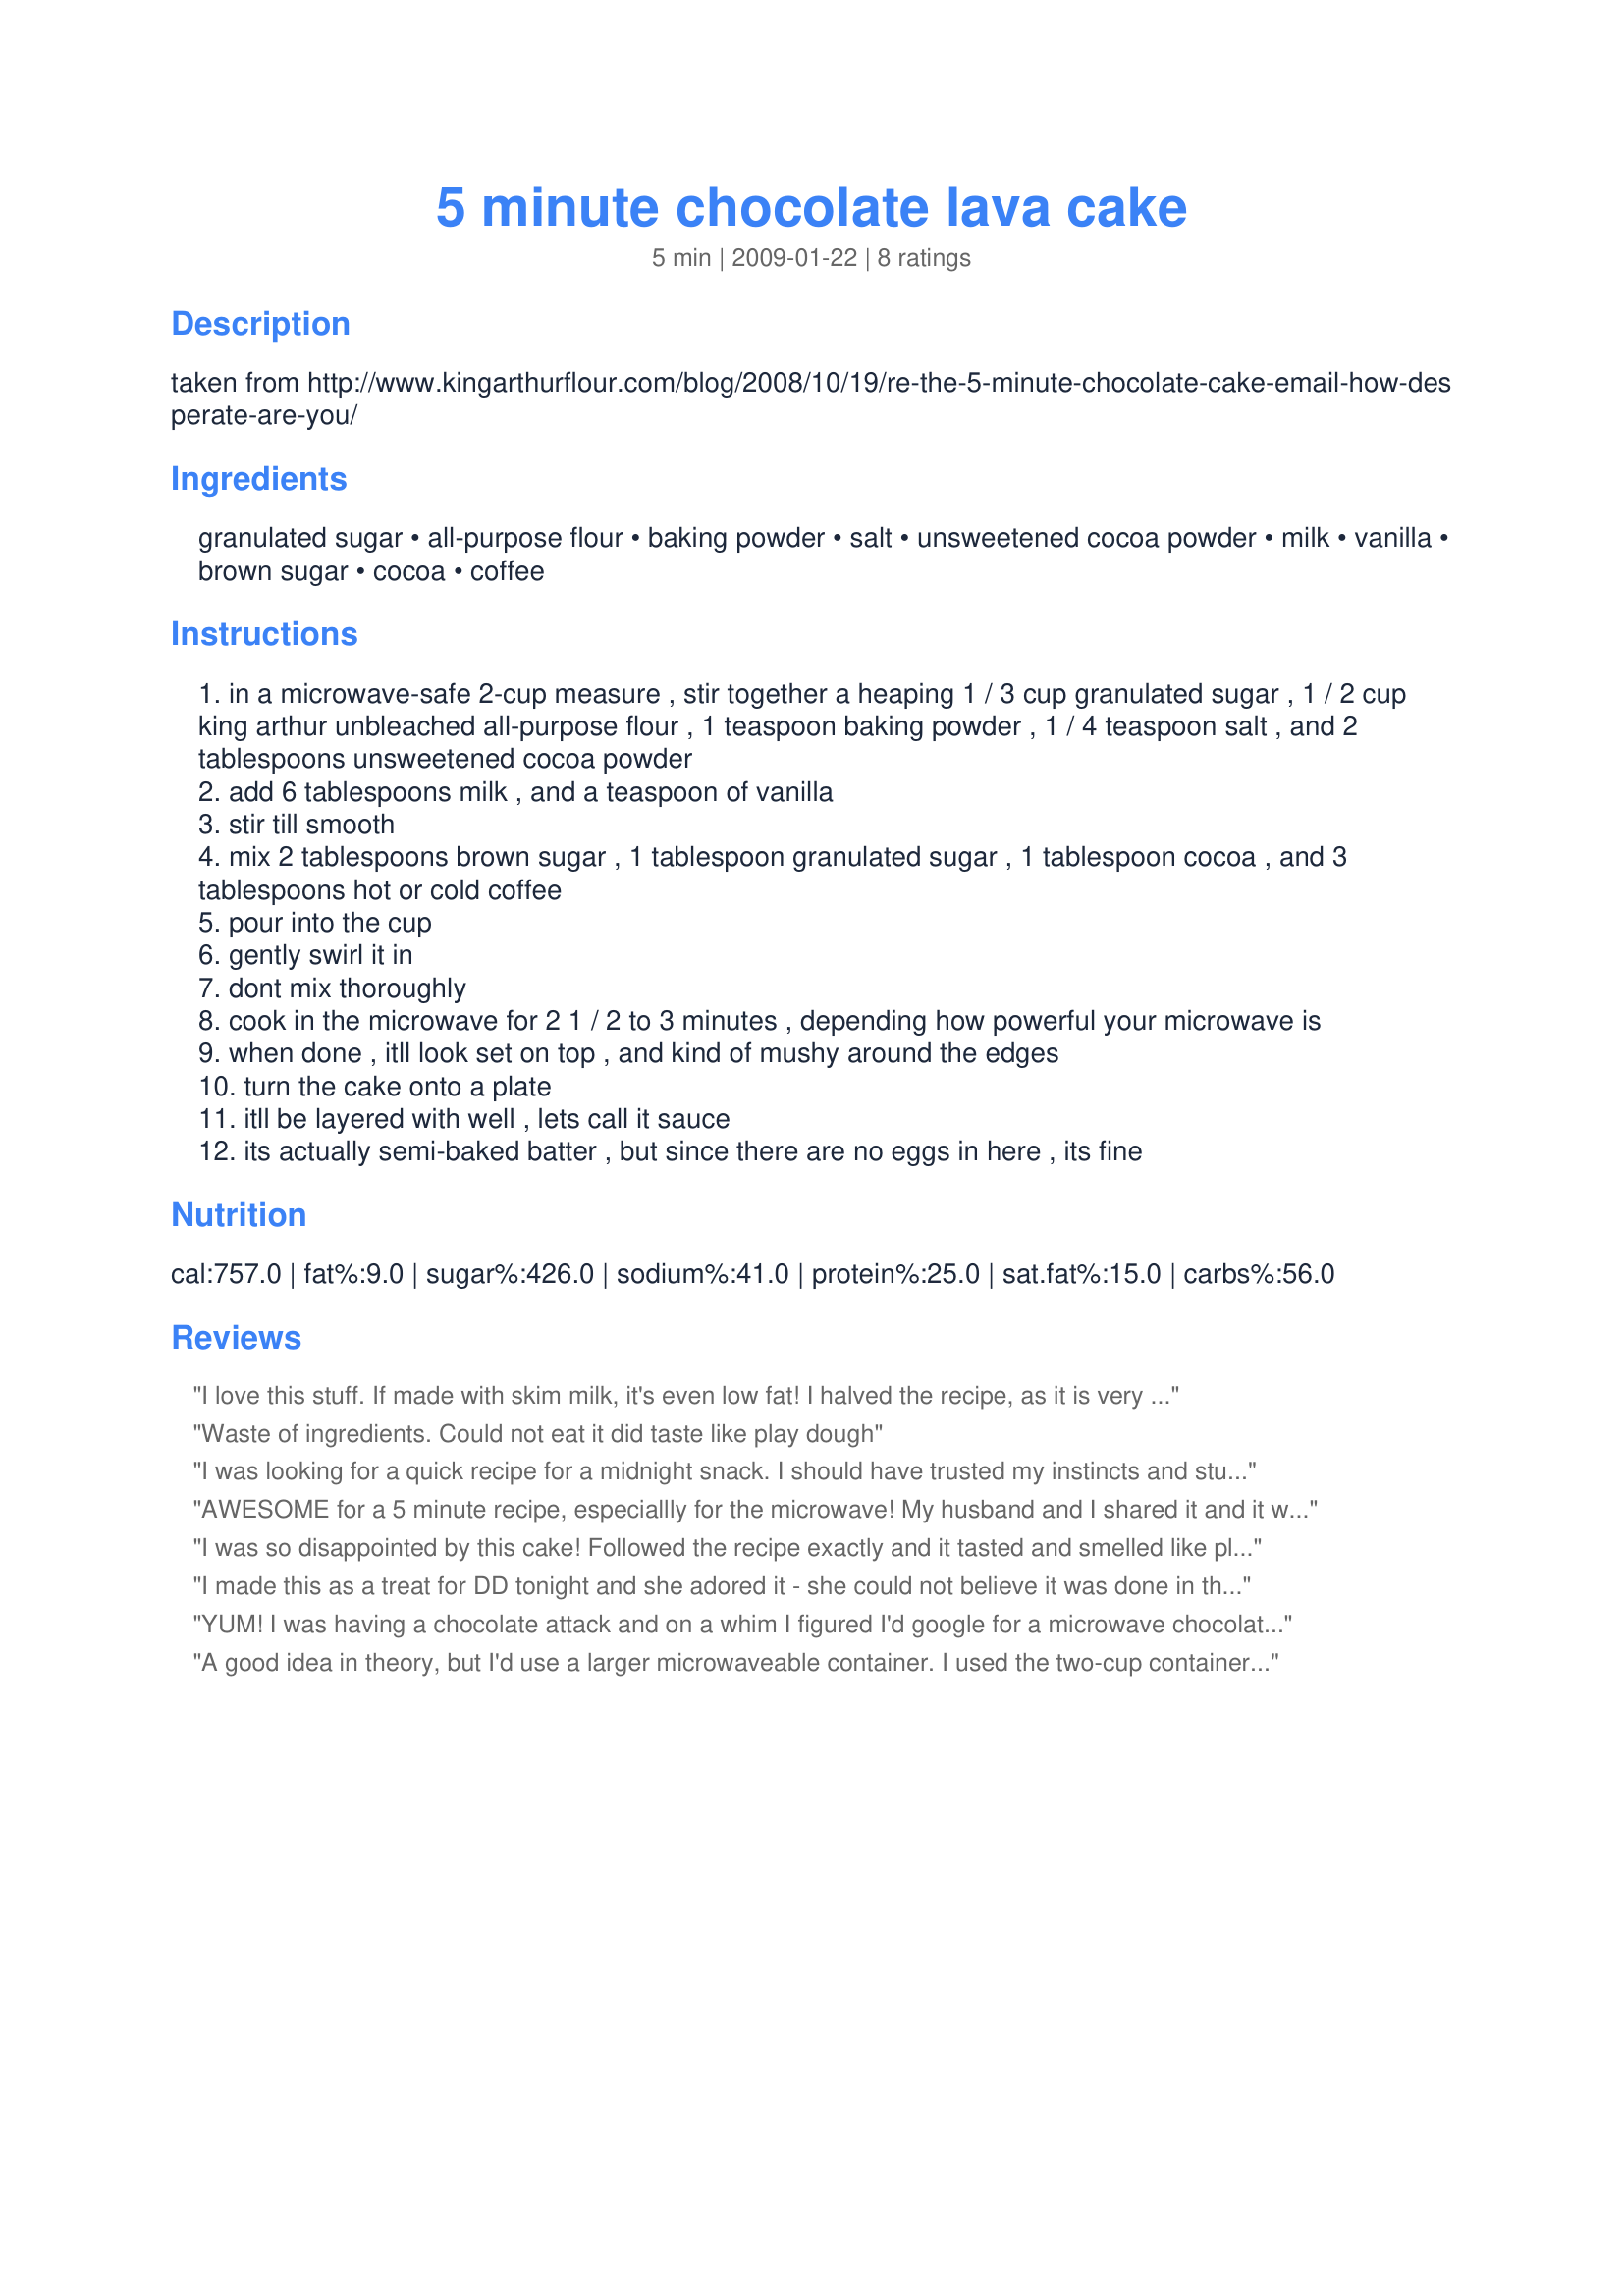
5 minute chocolate lava cake
Preparation time: 5 minutes

taken from http://www.kingarthurflour.com/blog/2008/10/19/re-the-5-minute-chocolate-cake-email-how-desperate-are-you/

Ingredients:
granulated sugar, all-purpose flour, baking powder, salt, unsweetened cocoa powder, milk, vanilla, brown sugar, cocoa, coffee

Steps:
in a microwave-safe 2-cup measure , stir together a heaping 1 / 3 cup granulated sugar , 1 / 2 cup king arthur unbleached all-purpose flour , 1 teaspoon baking powder , 1 / 4 teaspoon salt , and 2 tablespoons unsweetened cocoa powder
add 6 tablespoons milk , and a teaspoon of vanilla
stir till smooth
mix 2 tablespoons brown sugar , 1 tablespoon granulated sugar , 1 tablespoon cocoa , and 3 tablespoons hot or cold coffee
pour into the cup
gently swirl it in
dont mix thoroughly
cook in the microwave for 2 1 / 2 to 3 minutes , depending how powerful your microwave is
when done , itll look set on top , and kind of mushy around the edges
turn the cake onto a plate
itll be layered with well , lets call it sauce
its actually semi-baked batter , but since there are no eggs in here , its fine

Reviews:
I love this stuff. If made with skim milk, it's even low fat! I halved the recipe, as it is very rich. Lately I've been adding fruit, like sliced strawberries or thawed, halved cherries, and the fruit cooks just the right amount when mixed in with the cake. It works well and tastes good even if you substitute water for the milk and coffee (especially if you're adding fruit, because the fruit adds a little more flavor), although it's better with the milk and coffee.
Waste of ingredients. Could not eat it did taste like play dough
I was looking for a quick recipe for a midnight snack. I should have trusted my instincts and stuck with the recipe I&#039;ve used for years, even if it meant more time and effort. This dessert wasn&#039;t even edible. The reviewer that mentioned how it smelled and tasted like playdough was spot on...it was absolutely horrible. My husband and son are still trying to get the tastes out of their mouths!&lt;br/&gt;&lt;br/&gt;For anyone considering making this, do yourself a favor and find another recipe. This was downright disgusting. &lt;br/&gt;I&#039;m not usually one to write such a negative review, but in this case I felt I had to.
AWESOME for a 5 minute recipe, especiallly for the microwave! My husband and I shared it and it was the perfect amount. I was very hesitant to try this, as I am a bit of a dessert snob, but boy am I glad I did. It will definitely be made again. Thanks!
I was so disappointed by this cake! Followed the recipe exactly and it tasted and smelled like playdough. Yuck. It wad really thick and gooey in a bad way. Would not recommend.
I made this as a treat for DD tonight and she adored it - she could not believe it was done in the microwave - just delicious.
YUM! I was having a chocolate attack and on a whim I figured I'd google for a microwave chocolate lava cake reciope, and low and behold, the internet answered my prayers! Poured a little Baileys over this and topped it with a scoop of ice cream. Delicious!
A good idea in theory, but I'd use a larger microwaveable container. I used the two-cup container, a pyrex mesuring cup and ended up with a run-over mess in my microwave.
